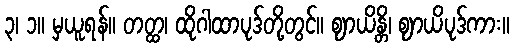
၃၊ ၁။ မှယူရန်။ တတ္ထ၊ ထိုဂါထာပုဒ်တို့တွင်။ ဈာယိန္တိ၊ ဈာယိပုဒ်ကား။